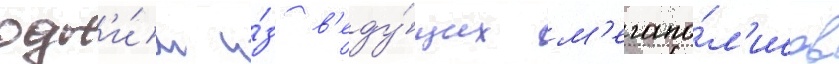
одн'и́м и́з в'еду́щих м'егапо́л'исов